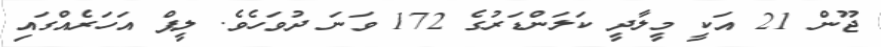
ޖޫން 21 އަކީ މީލާދީ ކަލަންޑަރުގެ 172 ވަނަ ދުވަހެވެ. ލީޕް އަހަރެއްގައި